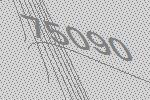
75090